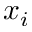
x _ { i }